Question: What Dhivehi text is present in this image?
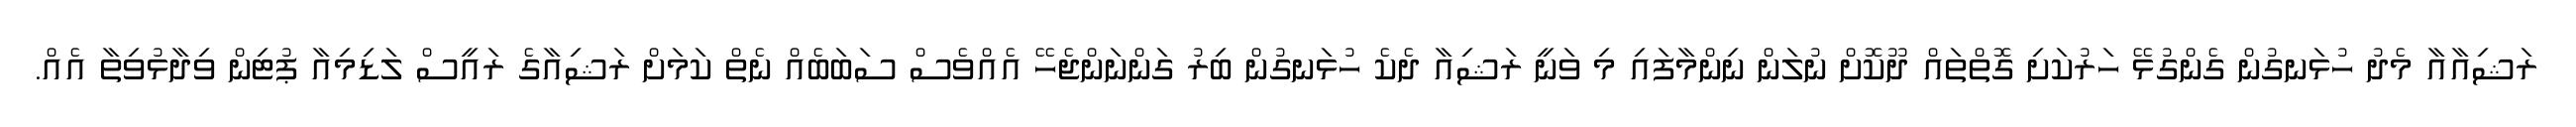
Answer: ރަޝިއާއާ މެދު ހުޅަނގުން ގެންގުޅޭ ހަރުކަށި ގޮތްތައް ދޫކޮށް ނުލަން ނިންމާފައި މި ވަނީ ރަޝިއާ ދެކެ ހުޅަނގުން ބިރު ގަންނަންޖެހޭ އެއްވެސް ސަބަބެއް ނެތް ކަމަށް ރަޝިއާގެ ރައީސް ލަޑިމިއާ ޕުޓިން ވިދާޅުވިތާ އެއް.